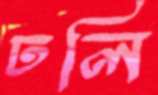
ঢলি